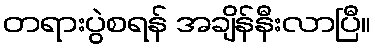
တရားပွဲစရန် အချိန်နီးလာပြီ။